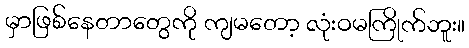
မှာဖြစ်နေတာတွေကို ကျမတော့ လုံးဝမကြိုက်ဘူး။